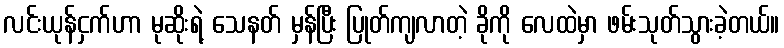
လင်းယုန်ငှက်ဟာ မုဆိုးရဲ့ သေနတ် မှန်ပြီး ပြုတ်ကျလာတဲ့ ခိုကို လေထဲမှာ ဖမ်းသုတ်သွားခဲ့တယ်။